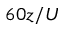
6 0 z / U